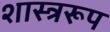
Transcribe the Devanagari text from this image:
शास्त्ररूप